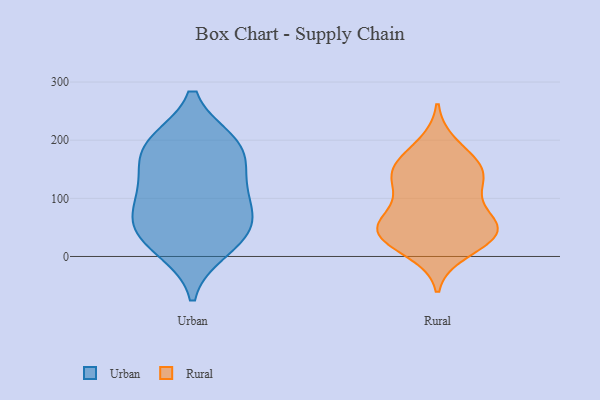
{"axis": {"x": "Inventory Turnover", "y": "Value"}, "legend": ["Rural", "Urban"], "data": [{"x": "", "y": 53, "type": "Urban"}, {"x": "", "y": 133, "type": "Urban"}, {"x": "", "y": 195, "type": "Urban"}, {"x": "", "y": 52, "type": "Urban"}, {"x": "", "y": 24, "type": "Urban"}, {"x": "", "y": 96, "type": "Urban"}, {"x": "", "y": 167, "type": "Urban"}, {"x": "", "y": 65, "type": "Urban"}, {"x": "", "y": 12, "type": "Urban"}, {"x": "", "y": 113, "type": "Urban"}, {"x": "", "y": 196, "type": "Urban"}, {"x": "", "y": 191, "type": "Urban"}, {"x": "", "y": 132, "type": "Rural"}, {"x": "", "y": 38, "type": "Rural"}, {"x": "", "y": 10, "type": "Rural"}, {"x": "", "y": 143, "type": "Rural"}, {"x": "", "y": 71, "type": "Rural"}, {"x": "", "y": 42, "type": "Rural"}, {"x": "", "y": 50, "type": "Rural"}, {"x": "", "y": 156, "type": "Rural"}, {"x": "", "y": 41, "type": "Rural"}, {"x": "", "y": 35, "type": "Rural"}, {"x": "", "y": 99, "type": "Rural"}, {"x": "", "y": 134, "type": "Rural"}, {"x": "", "y": 49, "type": "Rural"}, {"x": "", "y": 191, "type": "Rural"}, {"x": "", "y": 158, "type": "Rural"}]}